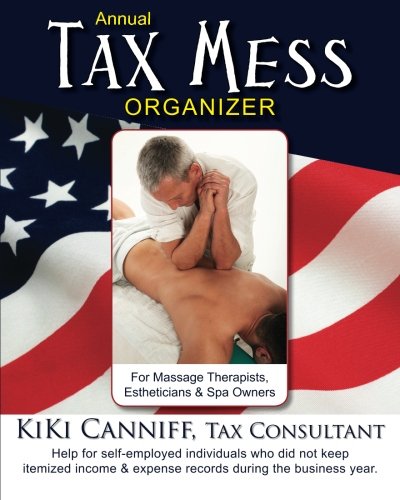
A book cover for Annual Tax Mess Organizer for Massage Therapists, Estheticians & Spa Owners: Help for self-employed individuals who did not keep itemized income & expense records during the business year.; KiKi Canniff; Business & Money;